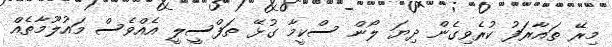
މިރޭ ތައާރަފު ކުރެވިގެން ދިޔަ ލޯން ސްކީމާ ގުޅޭ ތަފްސީލީ އެއްވެސް މައުލޫމާތެއް